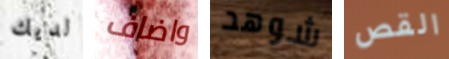
لديك واضاف شوهد القص